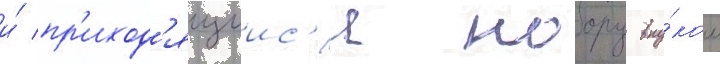
и́ пр'иход'ящиис'я нобору вну́ком